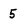
Character: 5